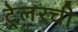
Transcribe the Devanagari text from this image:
ट्रेलरची